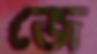
জে